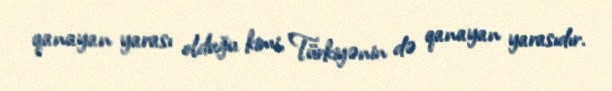
qanayan yarası olduğu kimi, Türkiyənin də qanayan yarasıdır.